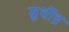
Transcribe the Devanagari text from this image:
सुधींद्र